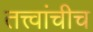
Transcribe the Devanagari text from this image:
तत्त्वांचीच